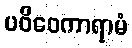
ပဝိဝေကာရာမံ